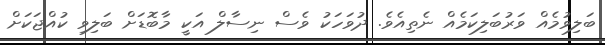
ބަލިވުމެއް ވަރުބަލިކަމެއް ނެތިއެވެ. ދުވަހަކު ވެސް ނިސާލް އަކީ މާބޮޑަށް ބަލިވި ކުއްޖަކަށް